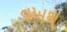
વખથ